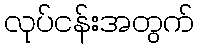
လုပ်ငန်းအတွက်